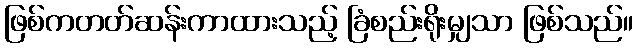
ဖြစ်ကတတ်ဆန်းကာထားသည့် ခြံစည်းရိုးမျှသာ ဖြစ်သည်။